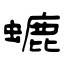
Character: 螰